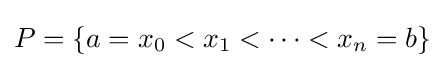
P=\{a=x_{0}<x_{1}<\cdots <x_{n}=b\}